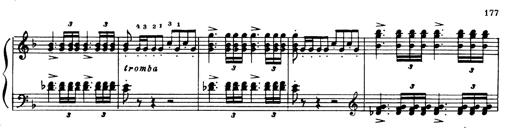
Title: Andante Finale und Marsch aus der Oper KÃ¶nig Alfred
Composer: Franz Liszt